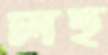
লহু